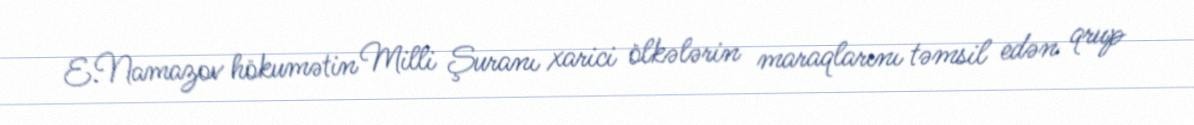
E.Namazov hökumətin Milli Şuranı xarici ölkələrin maraqlarını təmsil edən qrup